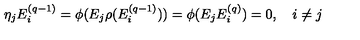
\eta _ { j } E _ { i } ^ { ( q - 1 ) } = \phi ( E _ { j } \rho ( E _ { i } ^ { ( q - 1 ) } ) ) = \phi ( E _ { j } E _ { i } ^ { ( q ) } ) = 0 , \quad i \neq j